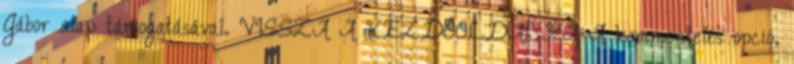
Gábor alap támogatásával. VISSZA A KEZDŐOLDALRA A kommentelés opció,